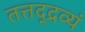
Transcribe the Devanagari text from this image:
तत्तद्द्रव्यं